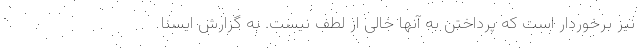
نیز برخوردار است که پرداختن به آنها خالی از لطف نیست. به گزارش ایسنا